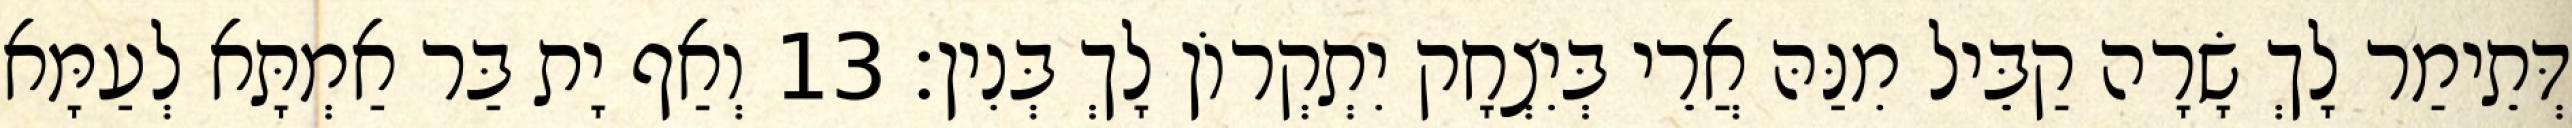
דְּתֵימַר לָךְ שָׂרָה קַבֵּיל מִנַּהּ אֲרֵי בְּיִצְחָק יִתְקְרוֹן לָךְ בְּנִין׃ 13 וְאַף יָת בַּר אַמְתָּא לְעַמָּא